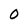
Character: 0